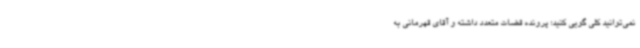
نمی‌توانید کلی گویی کنید؛ پرونده قضات متعدد داشته و آقای قهرمانی به